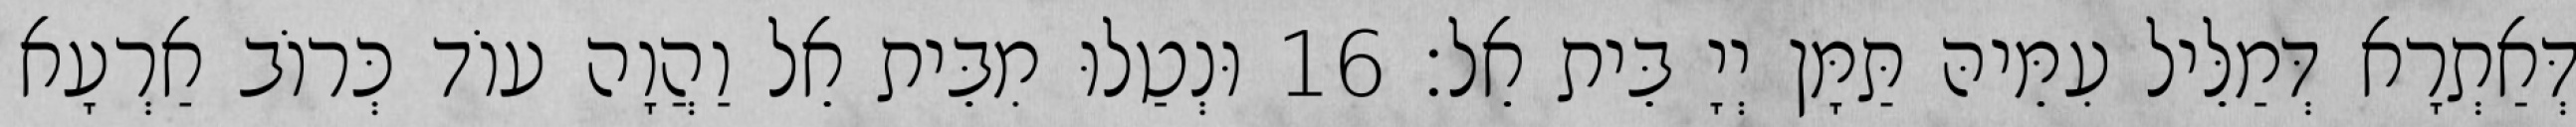
דְּאַתְרָא דְּמַלֵּיל עִמֵּיהּ תַּמָּן יְיָ בֵּית אֵל׃ 16 וּנְטַלוּ מִבֵּית אֵל וַהֲוָה עוֹד כְּרוֹב אַרְעָא